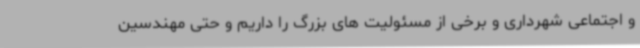
و اجتماعی شهرداری و برخی از مسئولیت های بزرگ را داریم و حتی مهندسین